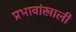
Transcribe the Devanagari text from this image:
प्रभावांखाली